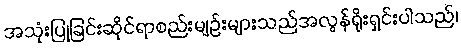
အသုံးပြုခြင်းဆိုင်ရာစည်းမျဉ်းများသည်အလွန်ရိုးရှင်းပါသည်၊